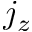
j _ { z }